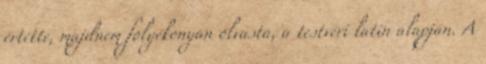
értette, majdnem folyékonyan olvasta, a testvéri latin alapján. A